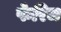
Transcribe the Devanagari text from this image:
फेरिज